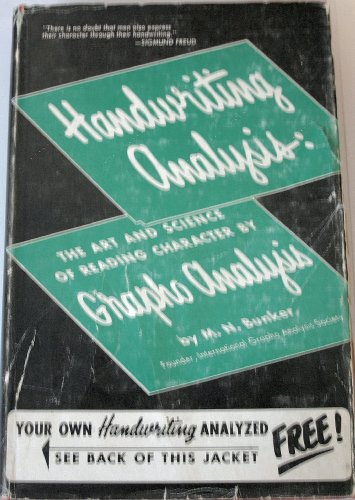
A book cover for Handwriting analysis;: The art and science of reading character by grapho analysis; M. N Bunker; Self-Help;